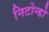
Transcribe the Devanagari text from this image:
निटोन्डो